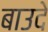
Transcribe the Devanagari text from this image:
बाउदे